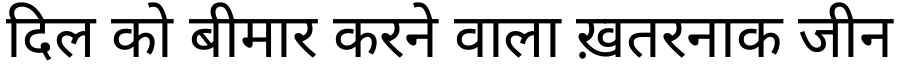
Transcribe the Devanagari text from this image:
दिल को बीमार करने वाला ख़तरनाक जीन